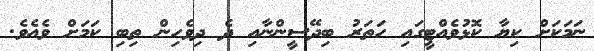
ނަމަކަށް ކިޔާ ކޮޅުވެއްޓީގައި ހަތަރު ބިދޭސީންނާއި ދެ ދިވެހިން ތިބި ކަމަށް ވެއެވެ.